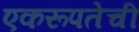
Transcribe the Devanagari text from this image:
एकरूपतेची